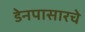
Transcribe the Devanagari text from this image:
डेनपासारचे